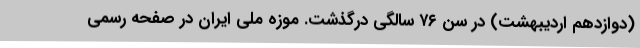
(دوازدهم اردیبهشت) در سن ۷۶ سالگی درگذشت. موزه ملی ایران در صفحه رسمی